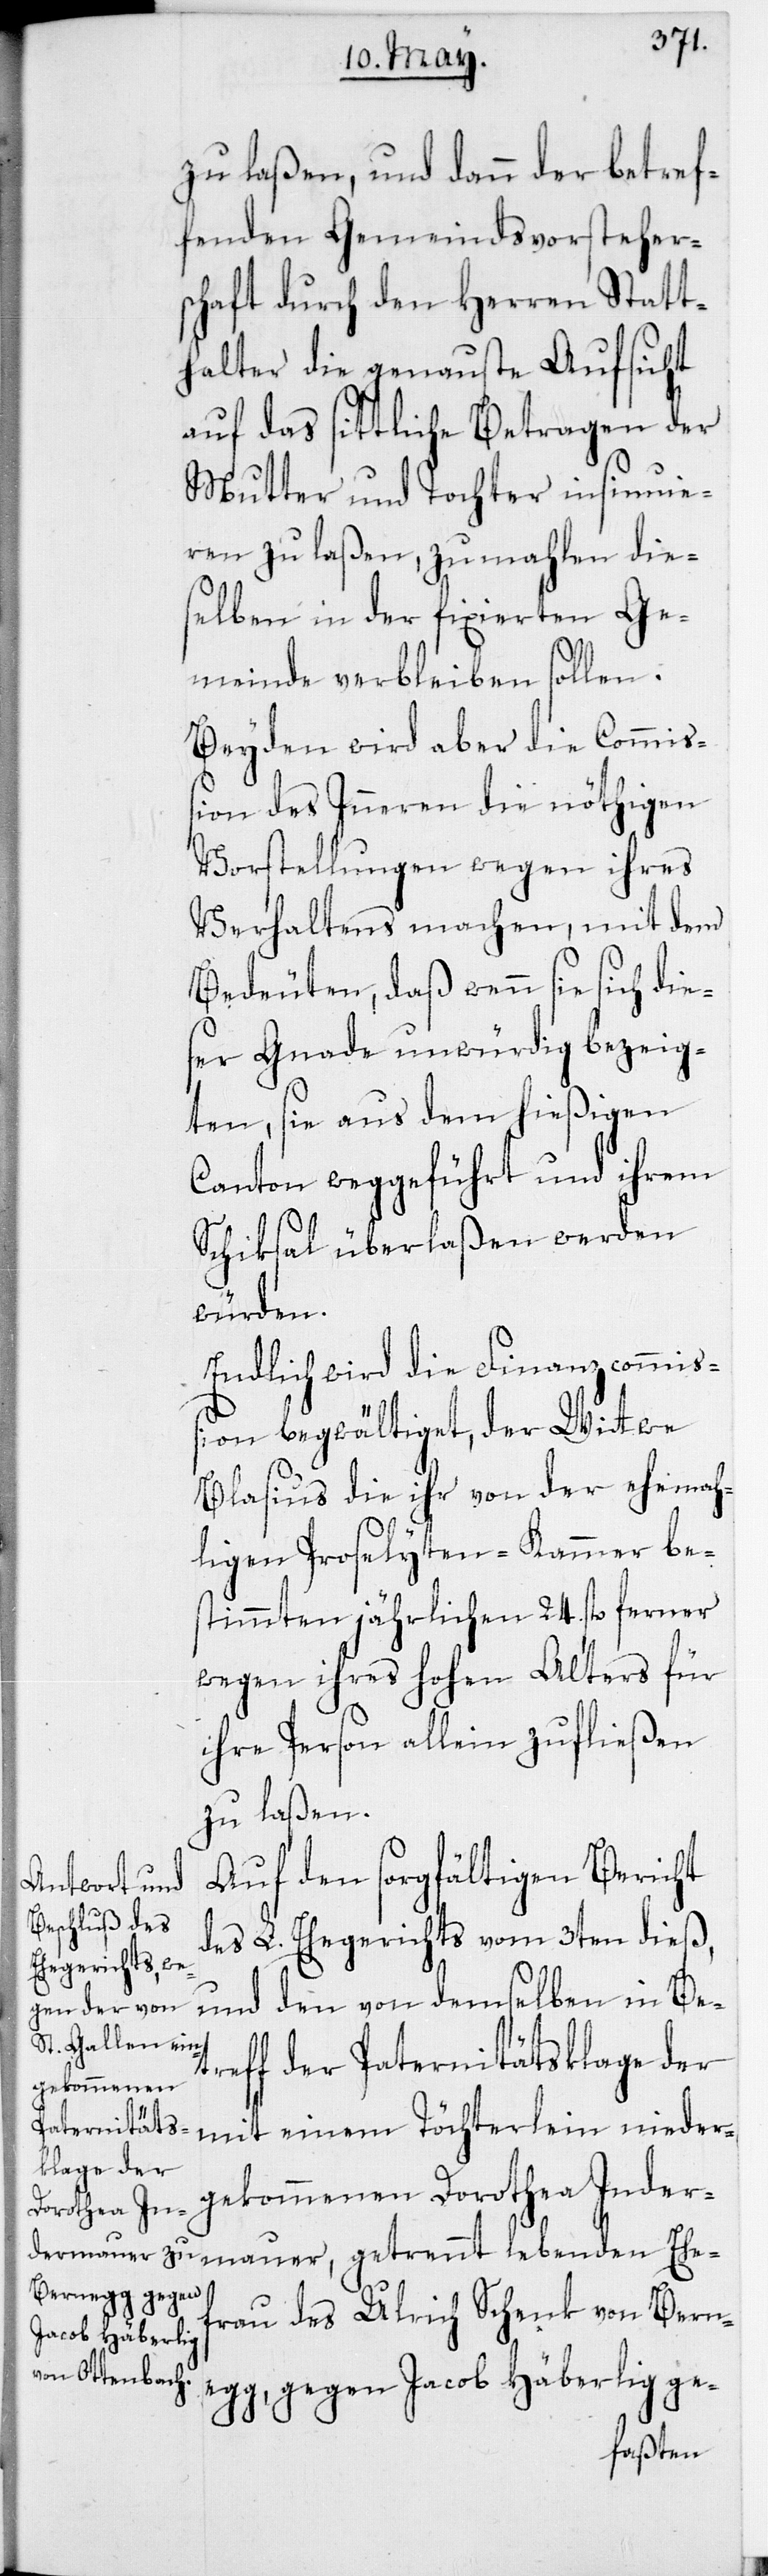
Ehe¬
zu laßen, und dann der betref¬
fenden Gemeindsvorsteher¬
schaft durch den Herren Statt¬
halter die genaueste Aufsicht
auf das sittliche Betragen der
Mutter und Tochter insinuie¬
ren zu laßen, zumahlen die¬
selben in der fixierten Ge¬
meinde verbleiben sollen.
Beyden wird aber die Commiß¬
ion des Inneren die nöthigen
Vorstellungen wegen ihres
Verhaltens machen, mit dem
Bedeuten, daß wenn sie sich die¬
ser Gnade unwürdig bezeig¬
ten, sie aus dem hießigen
Canton weggeführt und ihrem
Schiksal überlaßen werden
mauer,
Endlich wird die Finanzcommiß¬
ion begwältiget, der Wittwe
Blasius die ihr von der ehemah¬
ligen Proselyten-Kammer be¬
stimmten jährlichen 24. fl. ferner
wegen ihres hohen Alters für
ihre Person allein zufließen
zu laßen.
Auf den sorgfältigen Bericht
des L. Ehegerichts vom 3ten dieß,
und den von demselben in Be¬
treff der Paternitätsklage der
mit einem Töchterlein nieder¬
gekommenen Dorothea Inder¬
egg, gegen
frau des Ulrich Schenk von Bern¬
Jacob Häberlig